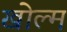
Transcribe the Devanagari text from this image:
खोल्म